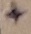
Text: +